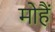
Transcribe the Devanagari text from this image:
मोहैं